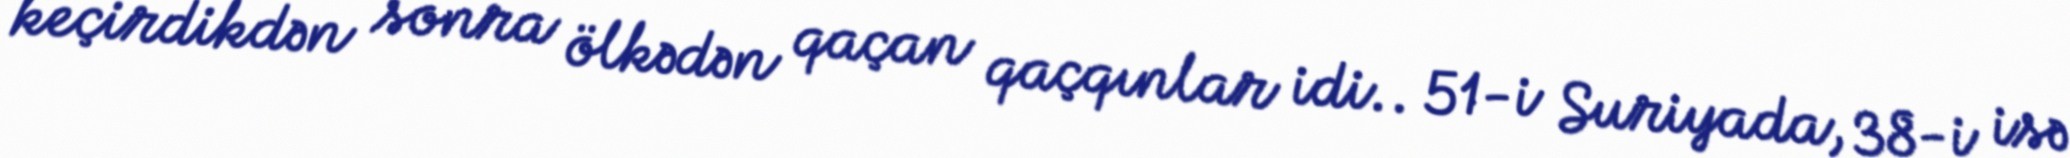
keçirdikdən sonra ölkədən qaçan qaçqınlar idi.. 51-i Suriyada, 38-i isə